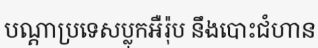
បណ្តាប្រទេសប្លុកអឺរ៉ុប នឹងបោះជំហាន